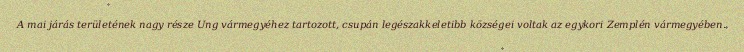
A mai járás területének nagy része Ung vármegyéhez tartozott, csupán legészakkeletibb községei voltak az egykori Zemplén vármegyében.